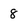
Character: 8